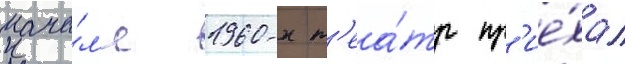
нача́л'е 1960-х т'еа́тр пр'ие́хал